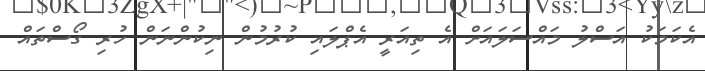
އެކަމަކު އަސްލު މައްސަލައަށް އެ ތިއަރީ އެޕްލައި ކުރުމުން ނިކުންނަން ހުރި ގޯސްތައް